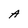
Character: A